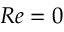
R e = 0